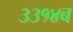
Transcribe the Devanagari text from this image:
३३१४ब